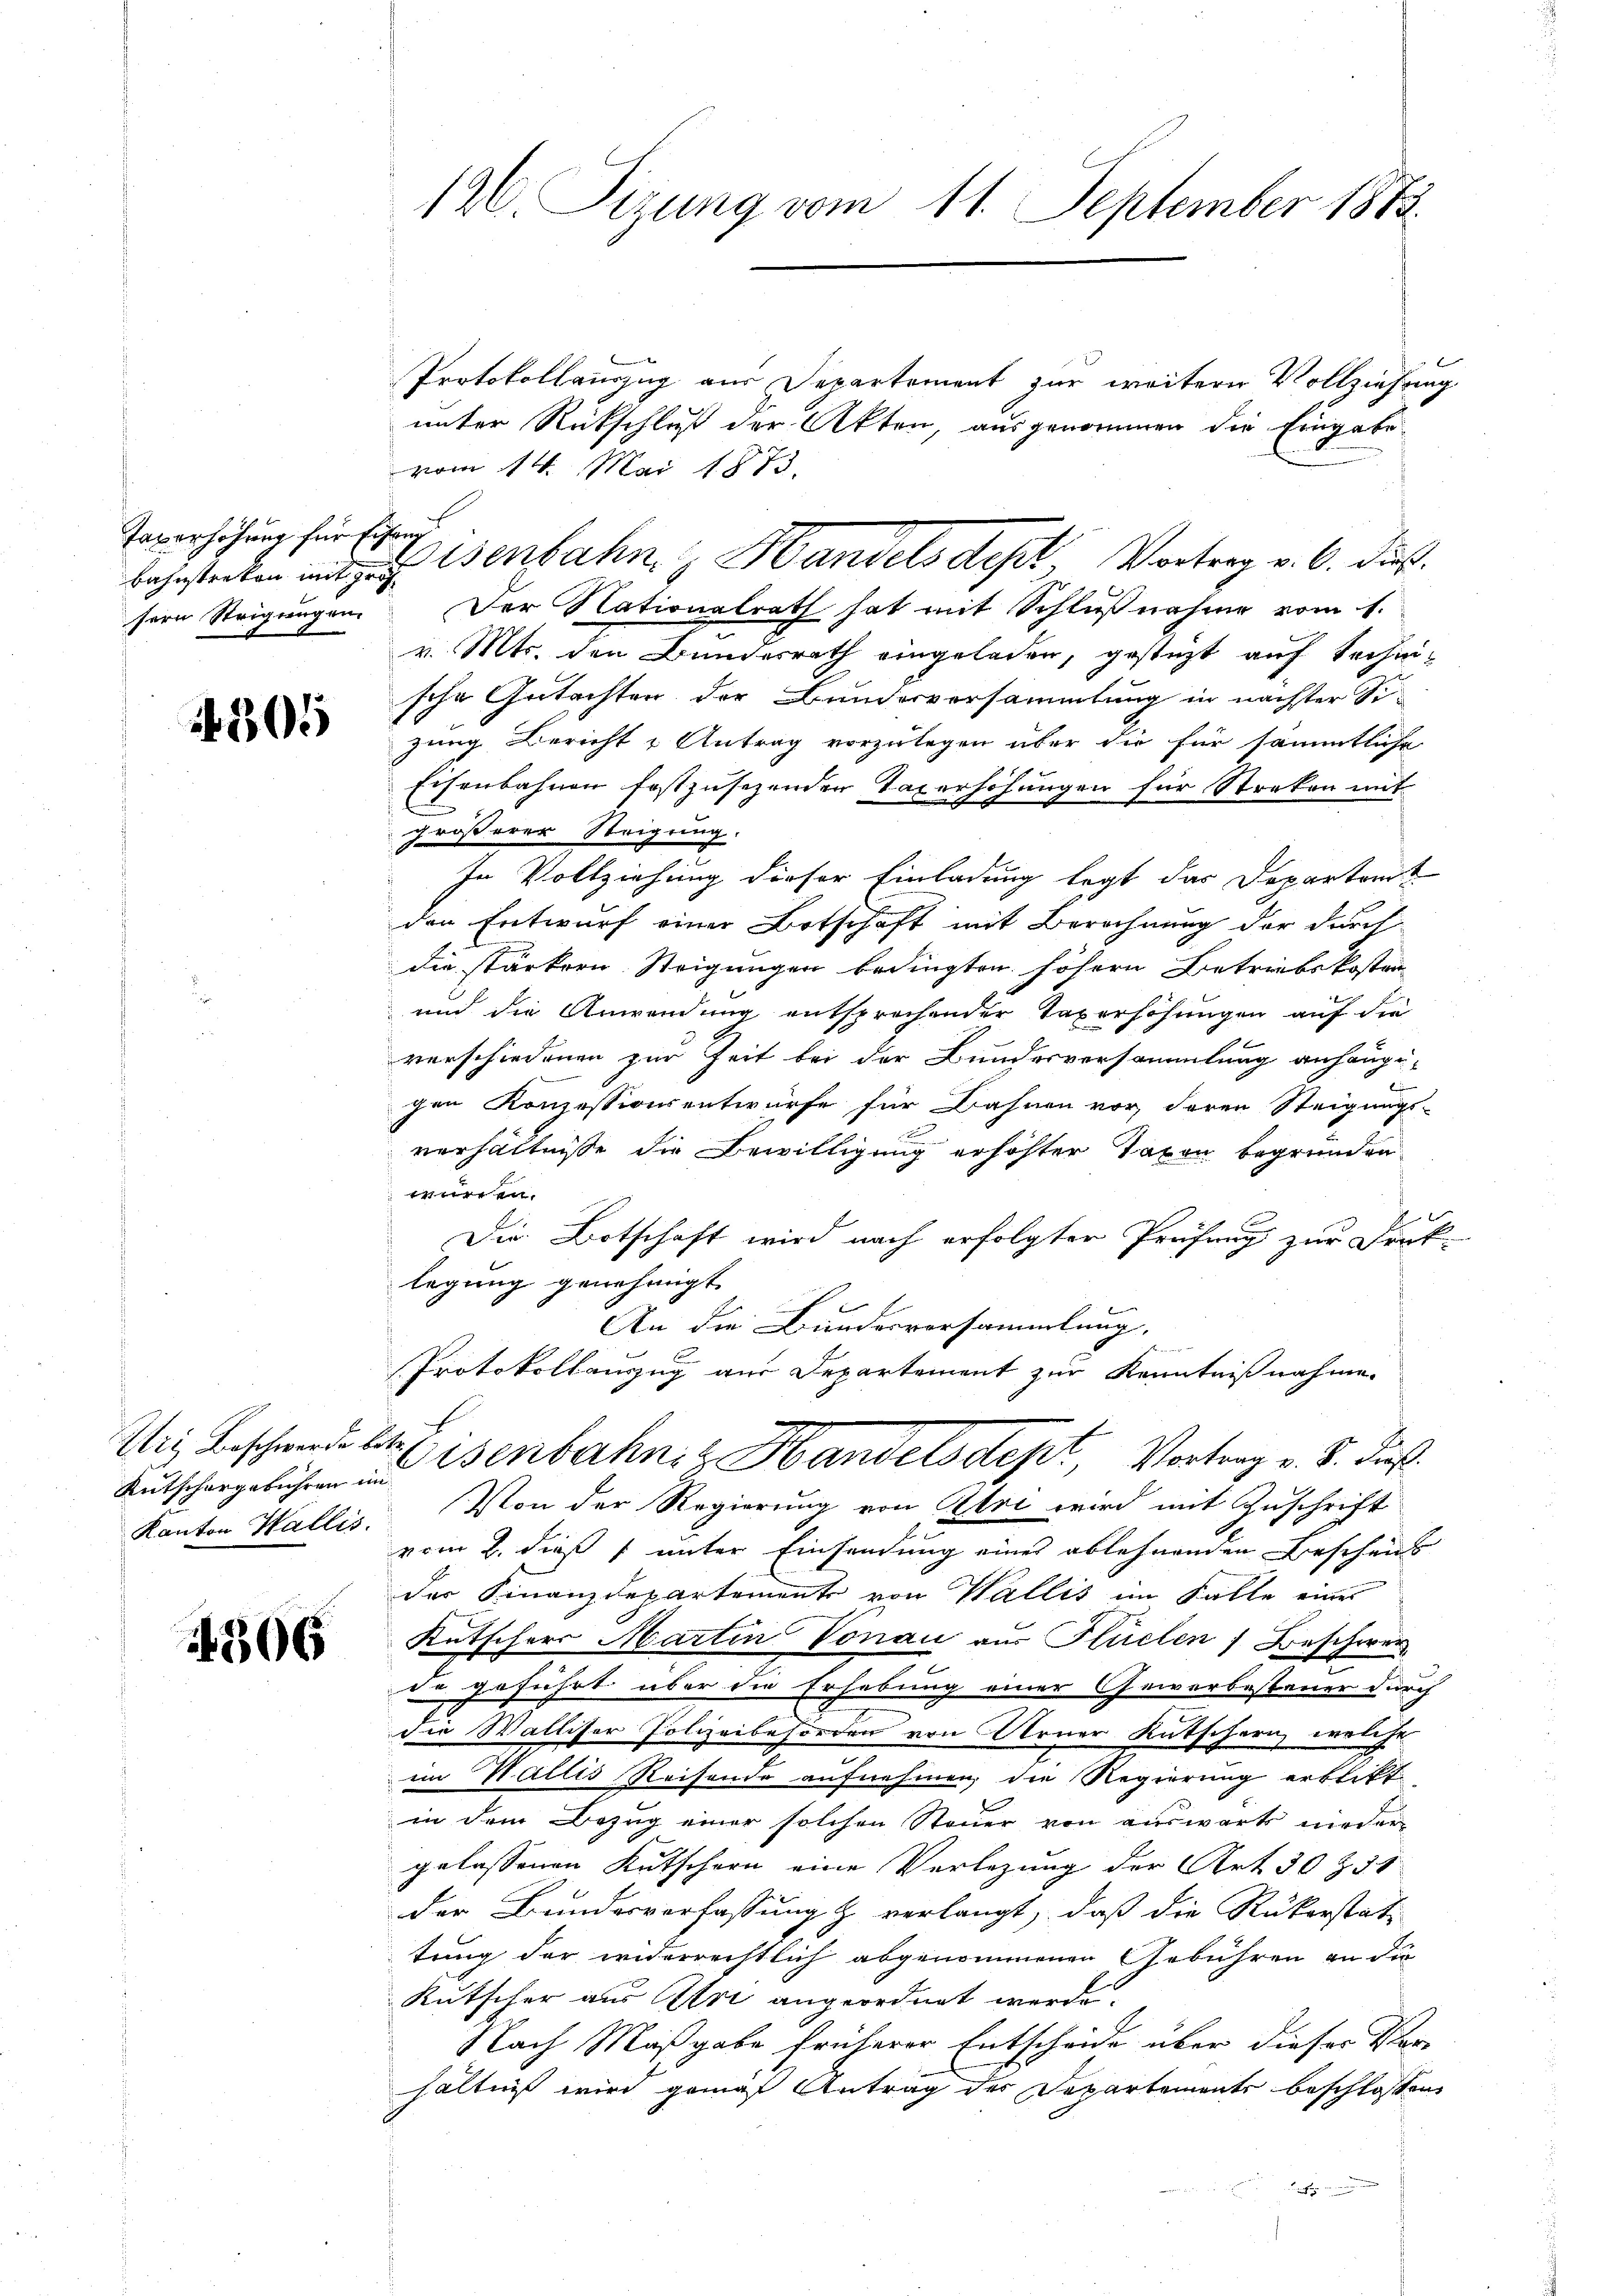
Taverhöhung für Eiseng
sern Steigungen.

4505

Itig Beschwerde be
Kutschargebühren in
Kanton Wallis.

4306

126. Seizung vom 11. September 1873.

bahnstecken mit Benbahn Handels des Vortrag v. 6. dieß.

Protokollauszug aus Departement zur weitern Vollziehung
unter Rückschluß der Akten, ausgenommen die Eingabe
vom 14. Mai 1873.
Der Nationalrath hat mit Schlußnahme vom 1.
v. Mts. den Bundesrath eingeladen, gestüzt auf Rechnische Gutachten der Bunderversammlung in nächster Sizung Bericht u Antrag vorzulegen über die für sämmtliche
Eisenbahnen festzusezenden Taxerhöhungen für Streken mit
größerer Steigung.
In Vollziehung dieser Einladung legt das Departent
den Entwurf einer Botschaft mit Berechnung der durch
die stärkern Steigungen bedingten höhern Betriebskosten
und die Anwendung entsprechender Taverschungen auf die
verschiedenen zur Zeit bei der Bundesversammlung anhaupt-
gen Konzessionsentwurfe für Bahnen vor deren Steigungs-
verhältnisse die Bewilligung erhöhter Taxen begründen
würden.
d
Die Botschaft wird nach erfolgter Prüfung zur Denk-
legung genehmigt.
An die Bundesversammlung.
Protokollauszug aus Departement zur Kenntnißnahme
d
Eisenbahniz Handelsdept, Vortrag v. 8. dieß.
Von der Regierung von Ehri wird mit Zuschrift
vom 2. dieß unter Einsendung eines ablehnenden Beschaus
der Finanzdepartement von Wallis im Falle eines
Kutscherr Martin Vonau aus Stüelen Beschwer
de geführt über die Erhebung einer Gewerbesteuer durch
die Walliser Polizeibehörden von Arner Kutschern, welche
im Wallis Reisende aufnehmen, die Regierung erbritt
in dem Bezug einer solchen Steuer von auswärts nieder
gelassenen Kutschern eine Verlegung der Art 30 Z. 3
der Bundesverfassung & verlangt, daß die Rükerstat-
tung der widerrechtlich abgenommenen Gebühren an die
Kutscher aus Art angeordnet werde.
Nach Maßgabe früherer Entscheide über dieser Verhältnis wird gemäß Antrag des Departements beschlossen